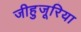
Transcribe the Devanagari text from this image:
जीहुजूरिया